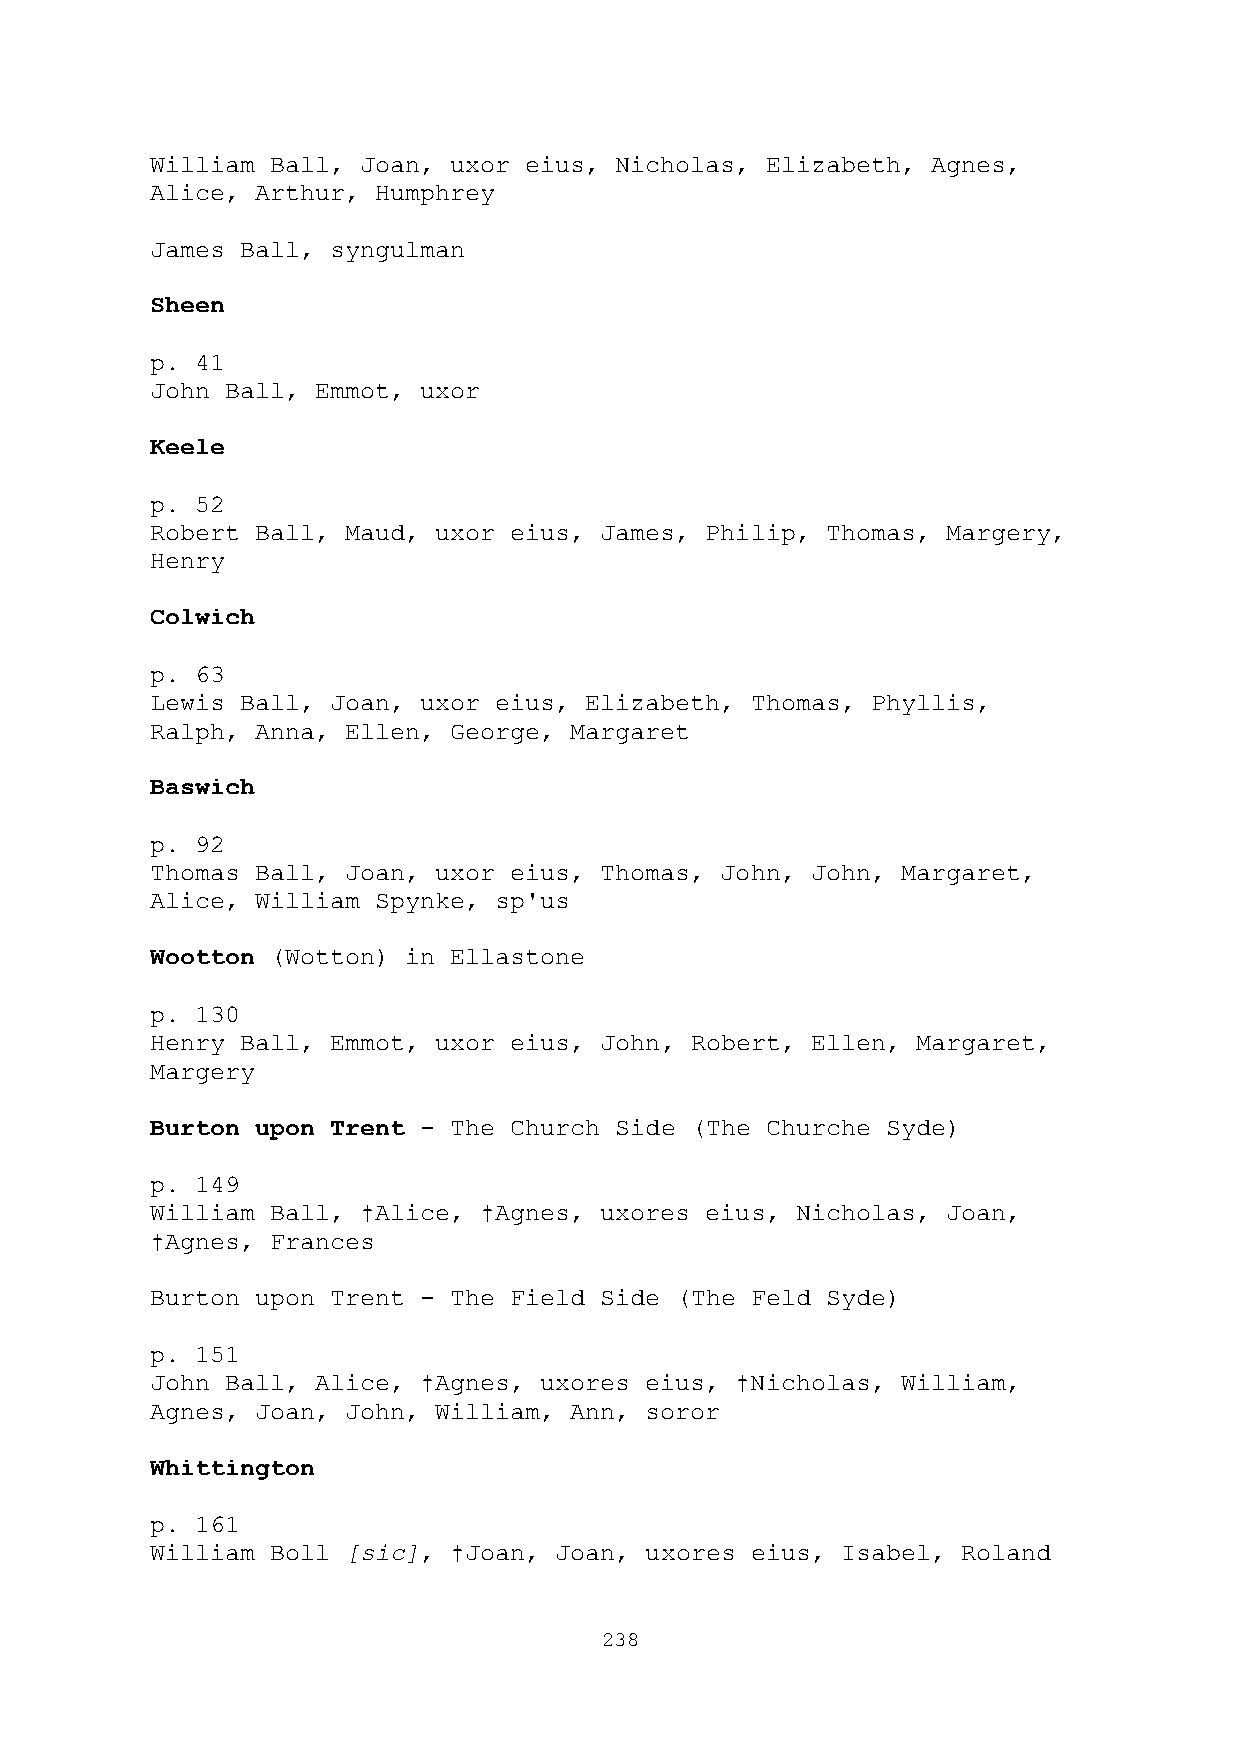
William Ball, Joan, uxor eius, Nicholas, Elizabeth, Agnes,
 Alice, Arthur, Humphrey
 James Ball, syngulman
 Sheen
 p. 41
 John Ball, Emmot, uxor
 Keele
 p. 52
 Robert Ball, Maud, uxor eius, James, Philip, Thomas, Margery,
 Henry
 Colwich
 p. 63
 Lewis Ball, Joan, uxor eius, Elizabeth, Thomas, Phyllis,
 Ralph, Anna, Ellen, George, Margaret
 Baswich
 p. 92
 Thomas Ball, Joan, uxor eius, Thomas, John, John, Margaret,
 Alice, William Spynke, sp'us
 Wootton (Wotton) in Ellastone
 p. 130
 Henry Ball, Emmot, uxor eius, John, Robert, Ellen, Margaret,
 Margery
 Burton upon Trent - The Church Side (The Churche Syde)
 p. 149
 William Ball, †Alice, †Agnes, uxores eius, Nicholas, Joan,
 †Agnes, Frances
 Burton upon Trent - The Field Side (The Feld Syde)
 p. 151
 John Ball, Alice, †Agnes, uxores eius, †Nicholas, William,
 Agnes, Joan, John, William, Ann, soror
 Whittington
 p. 161
 William Boll [sic], †Joan, Joan, uxores eius, Isabel, Roland
 238